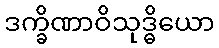
ဒက္ခိဏာဝိသုဒ္ဓိယော